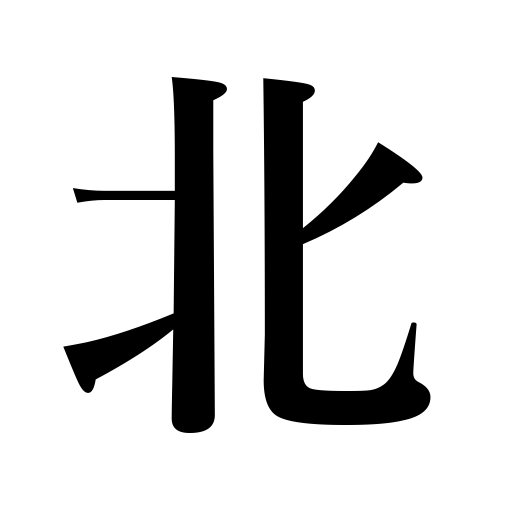
Meanings: north